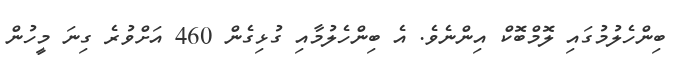
ބިންހެލުމުގައި ލޮމްބޮކް އިންނެވެ. އެ ބިންހެލުމާއި ގުޅިގެން 460 އަށްވުރެ ގިނަ މީހުން